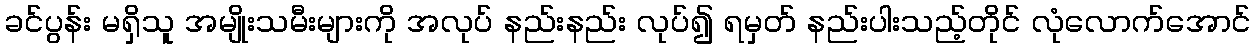
ခင်ပွန်း မရှိသူ အမျိုးသမီးများကို အလုပ် နည်းနည်း လုပ်၍ ရမှတ် နည်းပါးသည့်တိုင် လုံလောက်အောင်